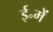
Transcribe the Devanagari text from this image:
ई॰में